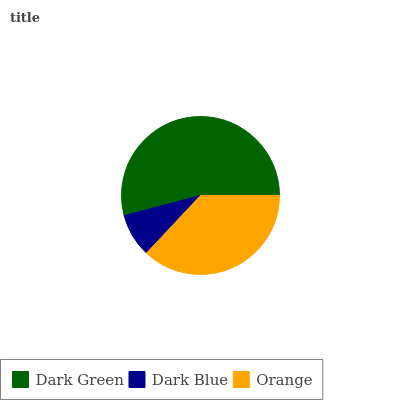
| Dark Green | Dark Blue | Orange |
 | --- | --- | --- |
 | 54.1% | 8.92% | 36.9% |